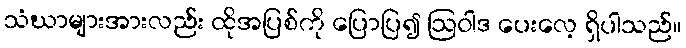
သံဃာများအားလည်း ထိုအပြစ်ကို ပြောပြ၍ ဩဝါဒ ပေးလေ့ ရှိပါသည်။